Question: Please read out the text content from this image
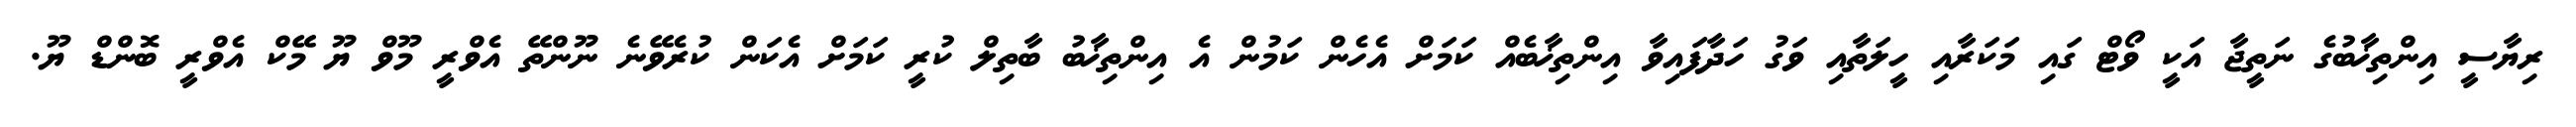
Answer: ރިޔާސީ އިންތިޚާބުގެ ނަތީޖާ އަކީ ވޯޓް ގައި މަކަރާއި ހީލަތާއި ވަގު ހަދާފައިވާ އިންތިޚާބެއް ކަމަށް އެހެން ކަމުން އެ އިންތިޚާބު ބާތިލް ކުރީ ކަމަށް އެކަން ކުރެވޭނެ ނޫންތޭ އެވްރީ މޫވް ޔޫ މޭކް އެވްރީ ބޮންޑް ޔޫ.